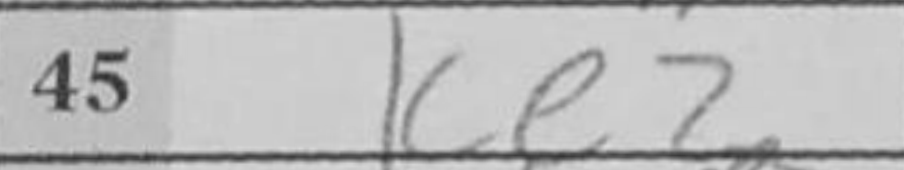
Transcription: Ke2